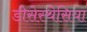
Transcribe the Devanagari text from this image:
डीसेस्थेसिया